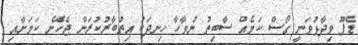
ޑެފޫ ވިދާޅުވަނީ ގޯސް ކަމެއް ސާބިތު ނުވާހާ ހިނދަކު އިތުބާރުކުރަން ޖެހޭެނެ ކަމަށާއި